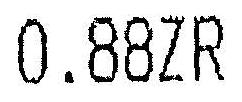
0.88ZR